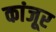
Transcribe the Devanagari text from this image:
कांजूर